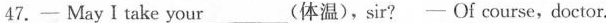
47.—May I take your___(体温)，sir? —Of course，doctor.